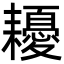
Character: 耰